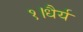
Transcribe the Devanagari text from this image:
१।धैर्य